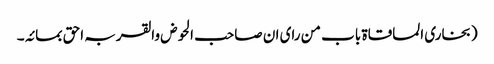
(بخاری المساقاۃ باب من رای ان صاحب الحوض والقربہ احق بمائہ۔